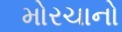
મોરચાનો